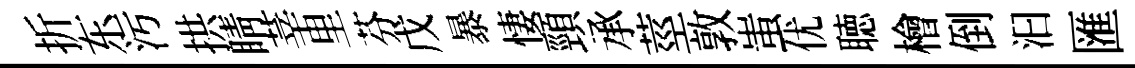
折东污拱睛莘里芬戊暴悽頸承莖敦蚩优聴檜倒汩匯